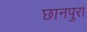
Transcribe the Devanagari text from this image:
छानपुरा